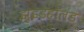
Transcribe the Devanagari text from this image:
झुइडहॉलंड